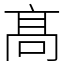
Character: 髙